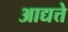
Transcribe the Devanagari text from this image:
आद्यत्ते